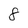
Character: 8